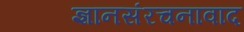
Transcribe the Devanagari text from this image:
ज्ञानसंरचनावाद